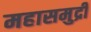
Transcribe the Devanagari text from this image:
महासमुद्री